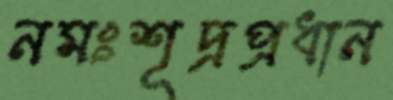
নমঃশূদ্রপ্রধান